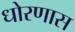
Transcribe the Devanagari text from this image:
धोरणास